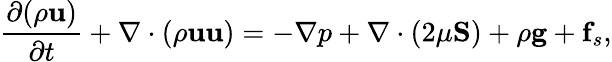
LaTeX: \frac{\partial(\rho\mathbf{u})}{\partial t}+\nabla\cdot(\rho\mathbf{u}\mathbf{u})=-\nabla p+\nabla\cdot(2\mu\mathbf{S})+\rho\mathbf{g}+\mathbf{f}_{s},